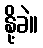
နို့ခဲ။